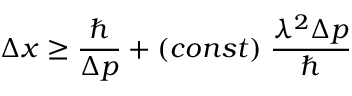
\Delta x \ge \frac { \hbar } { \Delta p } + ( c o n s t ) \; \frac { \lambda ^ { 2 } \Delta p } { \hbar }